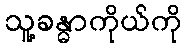
သူ့ခန္ဓာကိုယ်ကို